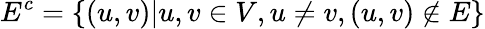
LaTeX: E^{c}=\{ (u,v)|u,v\in V,u\neq v,(u,v)\not\in E\}